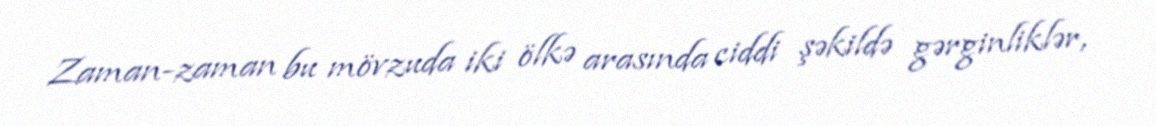
Zaman-zaman bu mövzuda iki ölkə arasında ciddi şəkildə gərginliklər,